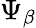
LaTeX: \Psi_{\beta}